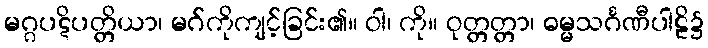
မဂ္ဂပဋိပတ္တိယာ၊ မဂ်ကိုကျင့်ခြင်း၏။ ဝါ၊ ကို။ ဝုတ္တတ္တာ၊ ဓမ္မသင်္ဂဏီပါဠိ၌